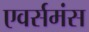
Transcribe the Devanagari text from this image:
एवर्समंस